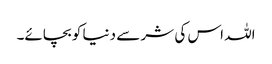
اللہ اس کی شر سے دنیا کو بچائے۔